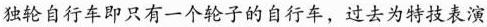
独轮自行车即只有一个轮子的自行车，过去为特技表演